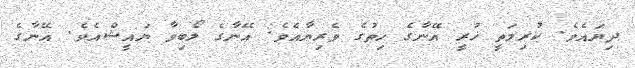
ދިޔައެވެ. ކުރިމަތީ ހުރީ އޭނާގެ ހިތުގެ ވެރިޔާއެވެ. އޭނާގެ ލޯބިވާ ޔައީޝްއެވެ. އޭނާގެ